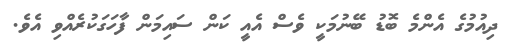
ދިއުމުގެ އެންމެ ބޮޑު ބޭނުމަކީ ވެސް އެއީ ކަން ސައިމަން ފާހަގަކުރެއްވި އެވެ.